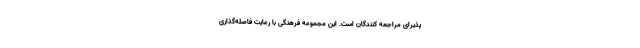
پذیرای مراجعه کنندگان است. این مجموعه فرهنگی با رعایت فاصله‌گذاری